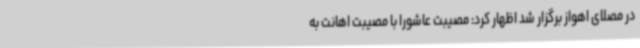
در مصلای اهواز برگزار شد اظهار کرد: مصیبت عاشورا با مصیبت اهانت به